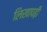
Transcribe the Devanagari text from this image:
लिखापढ़ी